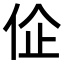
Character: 𬽾